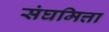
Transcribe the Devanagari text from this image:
संघमित्ता